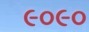
૯૦૯૦